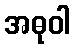
အဓုဝါ